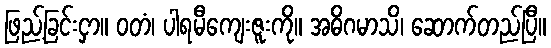
ဖြည့်ခြင်းငှာ။ ဝတံ၊ ပါရမီကျေးဇူးကို။ အဓိဂမာသိ၊ ဆောက်တည်ပြီ။